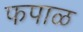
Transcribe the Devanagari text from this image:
फपाळ